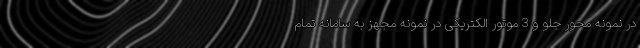
در نمونه محور جلو و 3 موتور الکتریکی در نمونه مجهز به سامانه تمام